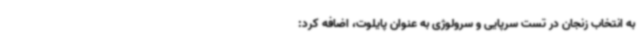
به انتخاب زنجان در تست سرپایی و سرولوژی به عنوان پایلوت، اضافه کرد: